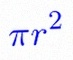
\pi r^2